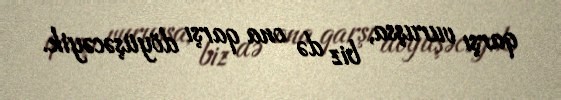
qarşı vuruşsa, biz də ona qarşı döyüşəcəyik.